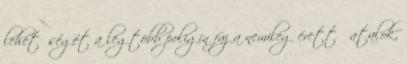
lehetőségét a legtöbb poligín faj a nemileg érett ﬁatalok,